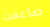
ضاعفت